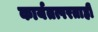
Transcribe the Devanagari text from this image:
कार्यतत्परताही